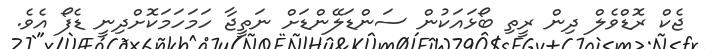
ޖެކް ރޮޑްވެލް ދިން ރީތި ބޯޅައަކުން ސަންޑަލޭންޑަށް ނަތީޖާ ހަމަހަމަކޮށްދިނީ ޑެފޯ އެވެ.